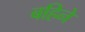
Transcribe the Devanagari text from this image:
बहिने